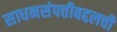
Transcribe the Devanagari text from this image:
साधनसंपत्तीबद्दलची